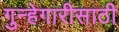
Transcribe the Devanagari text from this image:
गुन्हेगारीसाठी